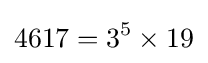
4617=3^{5}\times 19